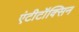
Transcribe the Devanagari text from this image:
एंटीटॉक्सिन